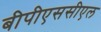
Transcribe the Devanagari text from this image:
बीपीएससीएल